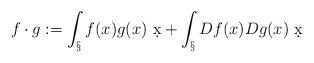
\begin{align*}f\cdot g := \int_\S f(x)g(x)\ \d x + \int_\S Df(x) Dg(x)\ \d x\end{align*}